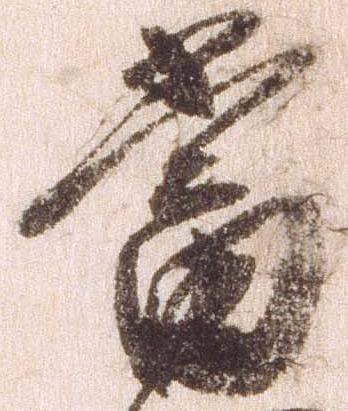
当